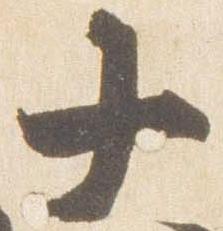
十